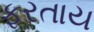
ફરતાય